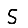
Digit: 5